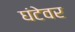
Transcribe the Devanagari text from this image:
घंटेवर